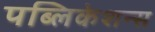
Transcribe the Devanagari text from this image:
पब्लिकेशन्‍स